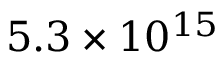
5 . 3 \times 1 0 ^ { 1 5 }